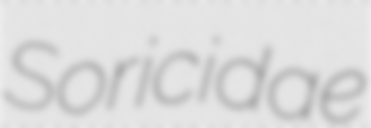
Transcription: Soricidae